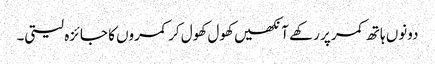
دونوں ہاتھ کمر پر رکھے آنکھیں کھول کھول کر کمروں کا جائزہ لیتی۔